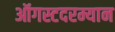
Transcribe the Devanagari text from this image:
ऑगस्टदरम्यान